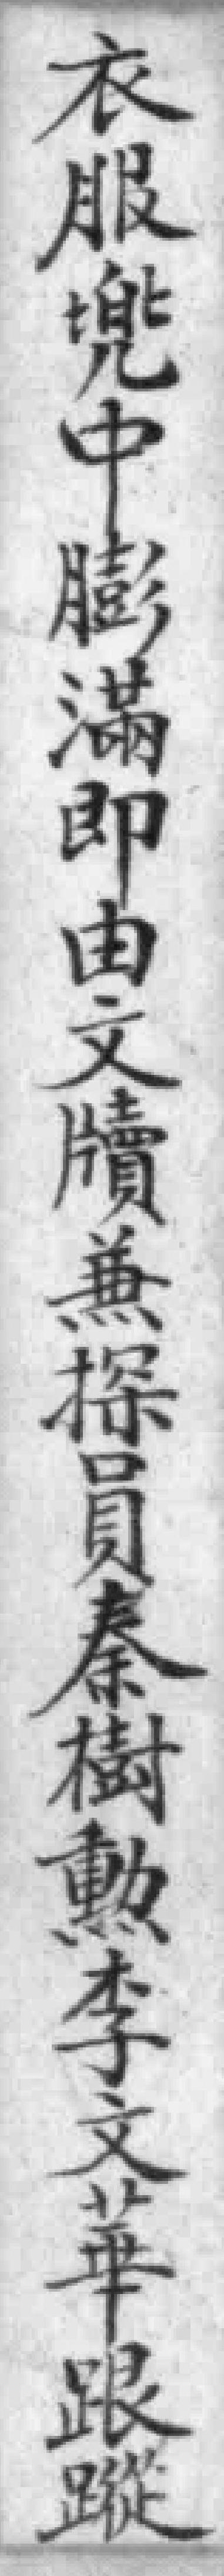
衣服兜中膨滿即由文牘兼探員秦樹勲李文華跟蹤